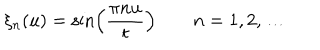
\xi _ { n } ( u ) = \sin \Bigl ( { \frac { \pi n u } { t } } \Bigr ) \qquad n = 1 , 2 , \dots